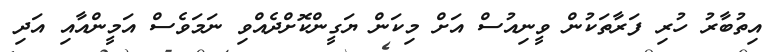
އިތުބާރު ހުރި ފަރާތަކުން ވީނިއުސް އަށް މިކަން ޔަގީންކޮށްދެއްވި ނަމަވެސް އަމީންއާއި އަދި